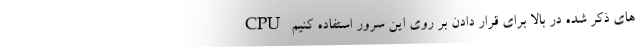
CPU های ذکر شده در بالا برای قرار دادن بر روی این سرور استفاده کنیم